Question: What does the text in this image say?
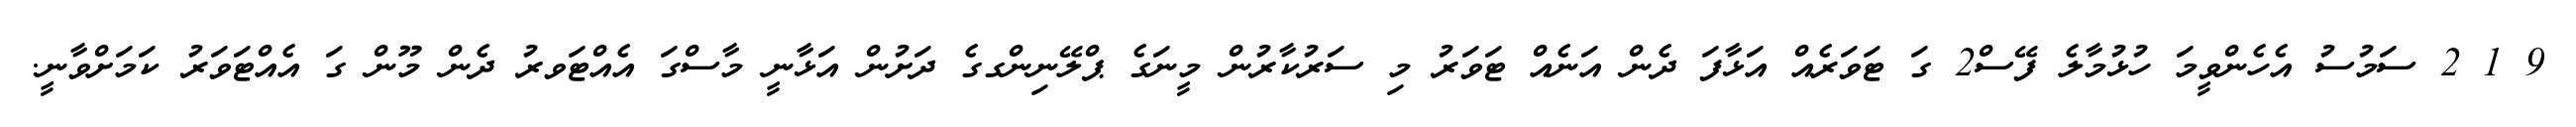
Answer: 9 1 2 ސަމުސު އެހެންވީމަ ހުޅުމާލެ ފޭސް2 ގަ ޓަވަރެއް އަޅާފަ ދެން އަނެއް ޓަވަރު މި ސަރުކާރުން މީނަގެ ޕްލޭނިންގގެ ދަށުން އަޅާނީ މާސްގަ އެއްޓަވރު ދެން މޫން ގަ އެއްޓަވަރު ކަމަށްވާނީ.